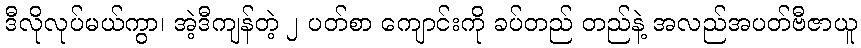
ဒီလိုလုပ်မယ်ကွာ၊ အဲ့ဒီကျန်တဲ့ ၂ ပတ်စာ ကျောင်းကို ခပ်တည် တည်နဲ့ အလည်အပတ်ဗီဇာယူ